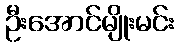
ဦးအောင်မျိုးမင်း